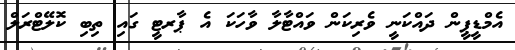
އެމްޑީޕީން ދައްކަނީ ވެރިކަން ވައްޓާލާ ވާހަކަ އެ ޕާރޓީ ގައި ތިބި ކޮލޭޓްރަލް